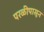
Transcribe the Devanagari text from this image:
परळीपासून